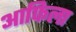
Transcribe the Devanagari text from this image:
आफिला